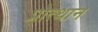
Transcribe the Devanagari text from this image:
प्रोत्थान